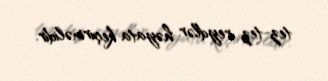
tez-tez reydlər həyata keçirməlidir.